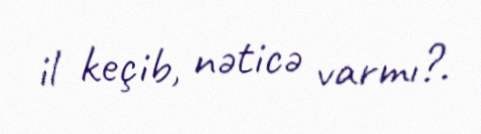
il keçib, nəticə varmı?.